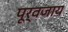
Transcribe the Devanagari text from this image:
पूर्वजाय